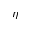
\eta